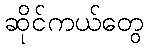
ဆိုင်ကယ်တွေ